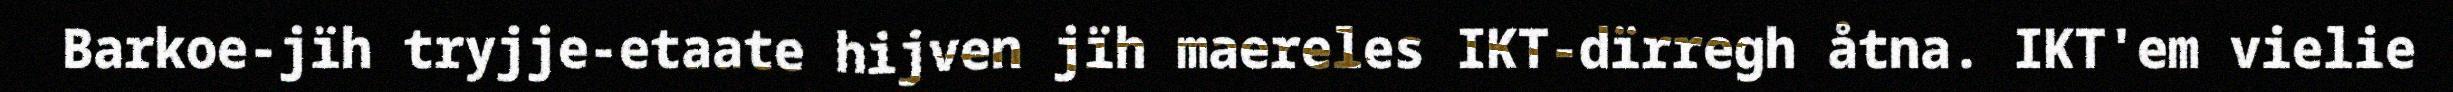
Barkoe-jïh tryjje-etaate hijven jïh maereles IKT-dïrregh åtna. IKT'em vielie